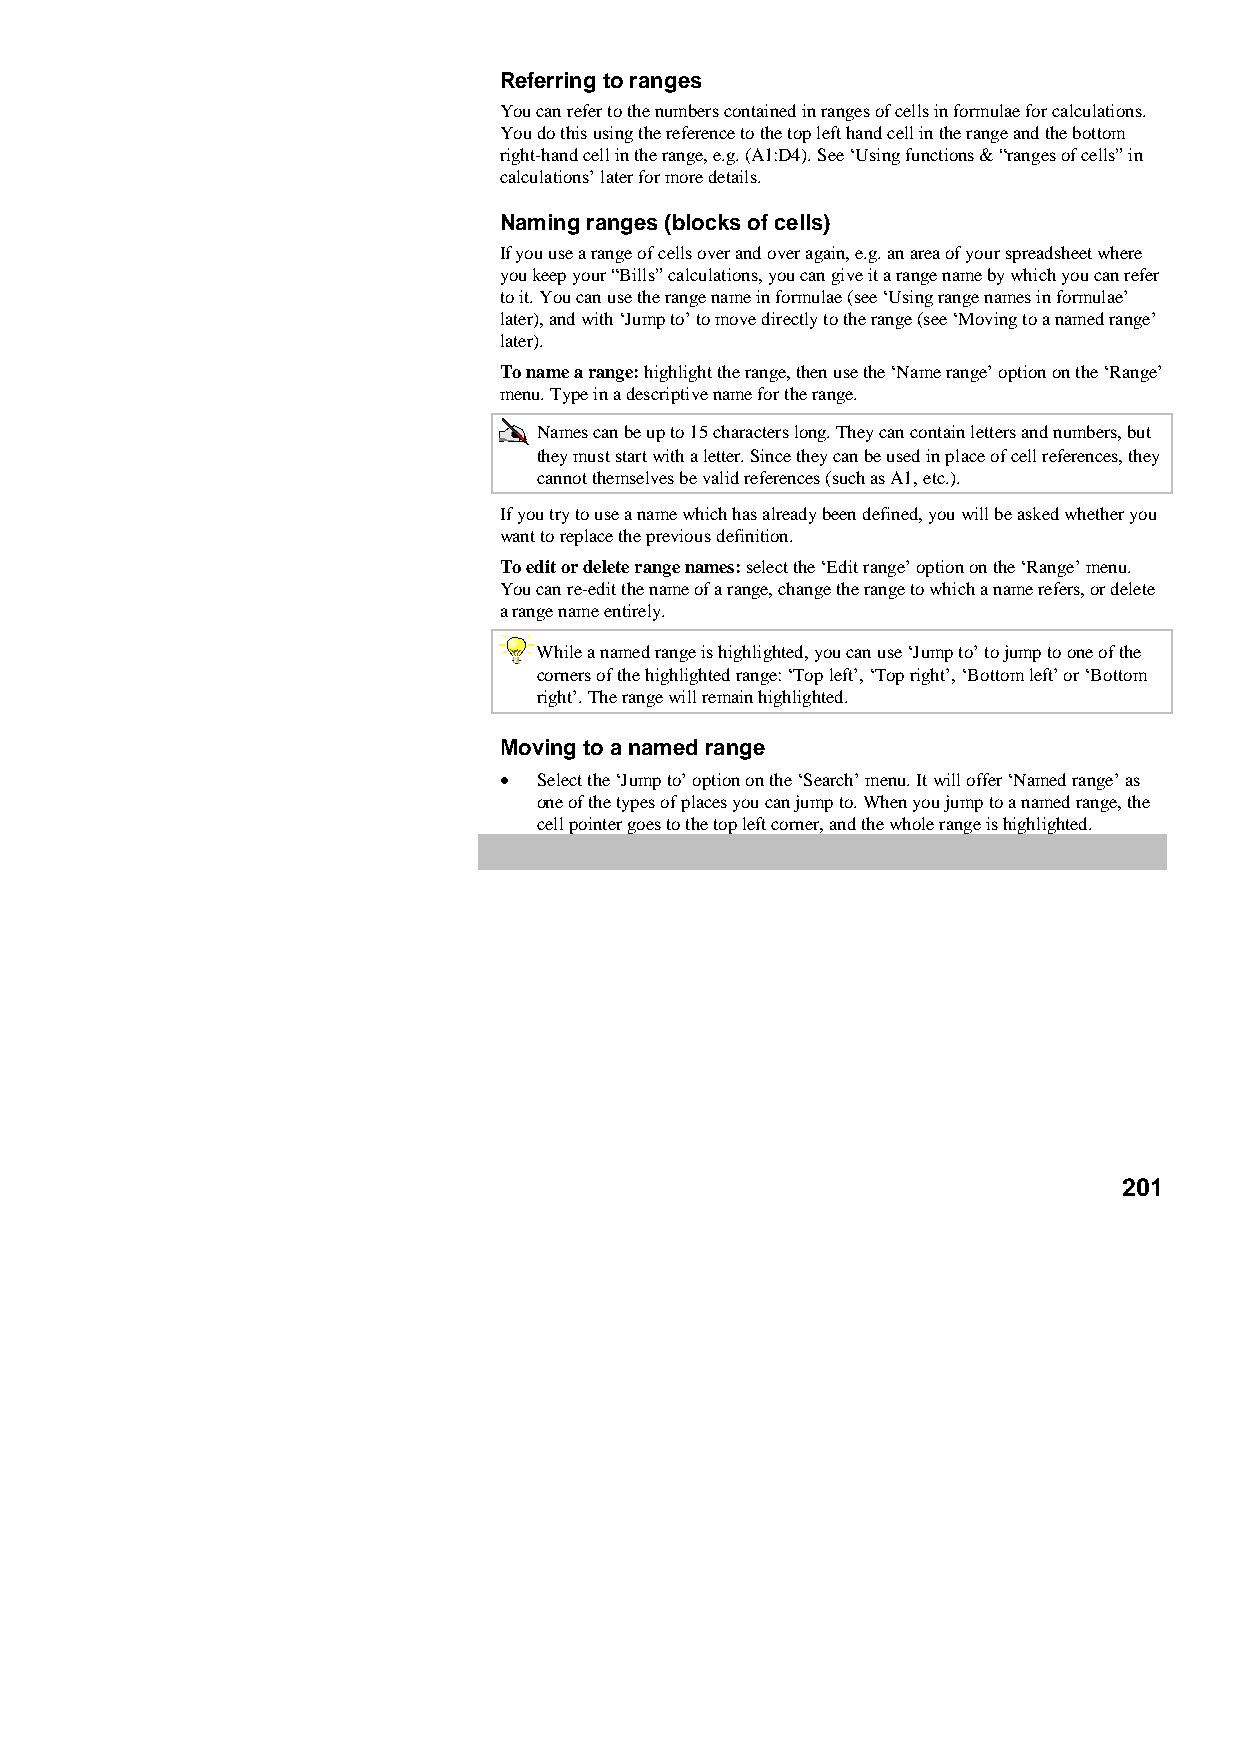
Referring to ranges
 You can refer to the numbers contained in ranges of cells in formulae for calculations.
 You do this using the reference to the top left hand cell in the range and the bottom
 right-hand cell in the range, e.g. (A1:D4). See ‘Using functions & “ranges of cells” in
 calculations’ later for more details.
 Naming ranges (blocks of cells)
 If you use a range of cells over and over again, e.g. an area of your spreadsheet where
 you keep your “Bills” calculations, you can give it a range name by which you can refer
 to it. You can use the range name in formulae (see ‘Using range names in formulae’
 later), and with ‘Jump to’ to move directly to the range (see ‘Moving to a named range’
 later).
 To name a range: highlight the range, then use the ‘Name range’ option on the ‘Range’
 menu. Type in a descriptive name for the range.
 Names can be up to 15 characters long. They can contain letters and numbers, but
 they must start with a letter. Since they can be used in place of cell references, they
 cannot themselves be valid references (such as A1, etc.).
 If you try to use a name which has already been defined, you will be asked whether you
 want to replace the previous definition.
 To edit or delete range names: select the ‘Edit range’ option on the ‘Range’ menu.
 You can re-edit the name of a range, change the range to which a name refers, or delete
 a range name entirely.
 While a named range is highlighted, you can use ‘Jump to’ to jump to one of the
 corners of the highlighted range: ‘Top left’, ‘Top right’, ‘Bottom left’ or ‘Bottom
 right’. The range will remain highlighted.
 Moving to a named range
 •  Select the ‘Jump to’ option on the ‘Search’ menu. It will offer ‘Named range’ as
 one of the types of places you can jump to. When you jump to a named range, the
 cell pointer goes to the top left corner, and the whole range is highlighted.
 201